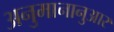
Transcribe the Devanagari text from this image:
अनुमानानुआर